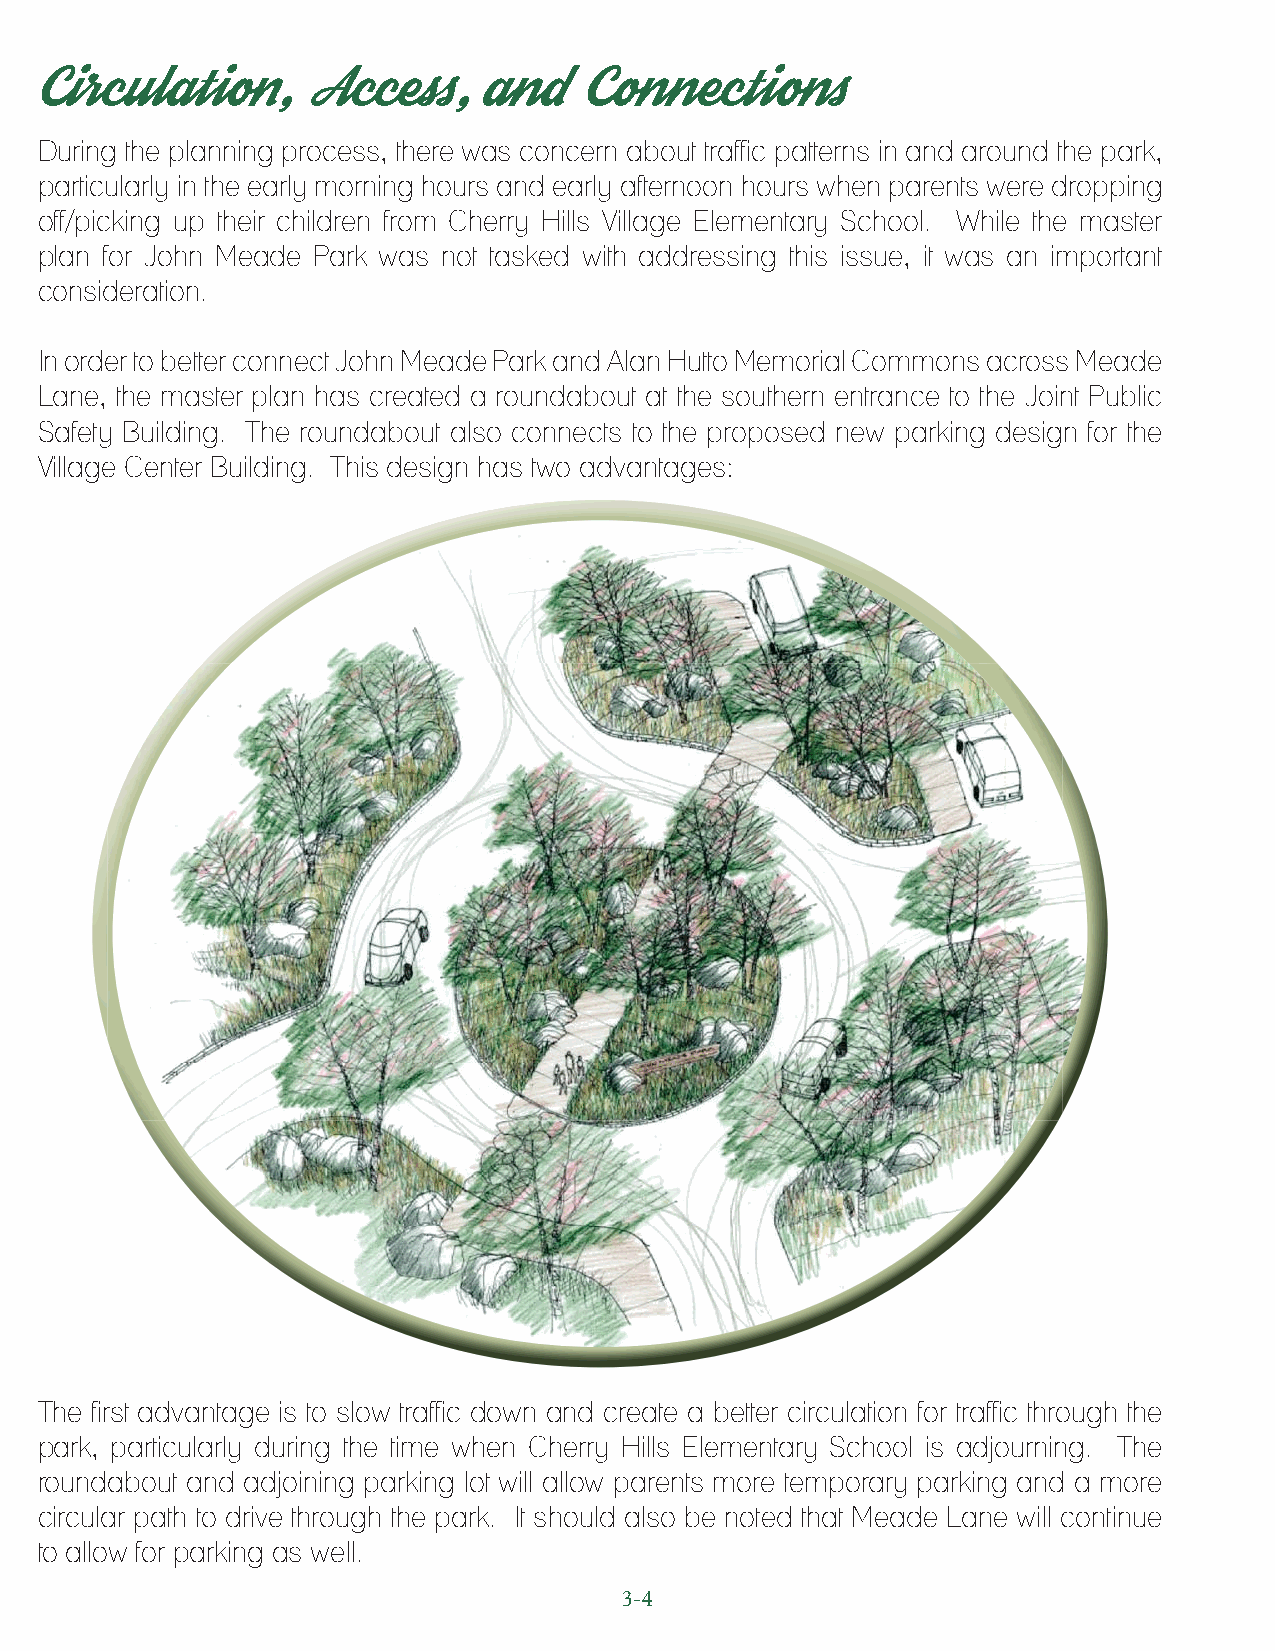
Circulation,      Access,     and    Connections
 During the planning process, there was concern about traffic patterns in and around the park,
 particularly in the early morning hours and early afternoon hours when parents were dropping
 off/picking up their children from Cherry Hills Village Elementary School. While the master
 plan for John Meade Park was not tasked with addressing this issue, it was an important
 consideration.
 In order to better connect John Meade Park and Alan Hutto Memorial Commons across Meade
 Lane, the master plan has created a roundabout at the southern entrance to the Joint Public
 Safety Building. The roundabout also connects to the proposed new parking design for the
 Village Center Building. This design has two advantages:
 The first advantage is to slow traffic down and create a better circulation for traffic through the
 park, particularly during the time when Cherry Hills Elementary School is adjourning. The
 roundabout and adjoining parking lot will allow parents more temporary parking and a more
 circular path to drive through the park. It should also be noted that Meade Lane will continue
 to allow for parking as well.
 3-4